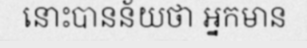
នោះបានន័យថា អ្នកមាន